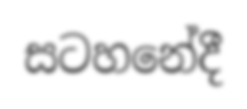
සටහනේදී